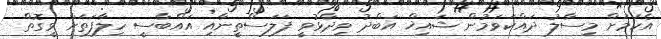
އެކަމަށް މިސާލު ދައްކަވަމުން ޝައިޚް އަބްދު ވިދާޅުވީ ފަލަސްތީނާއި އައްބާސީ ހިލާފަތަށް ވީގޮތް